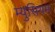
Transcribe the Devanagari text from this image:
म्युसियम